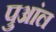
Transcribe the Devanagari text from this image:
पुआंल